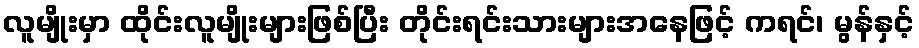
လူမျိုးမှာ ထိုင်းလူမျိုးများဖြစ်ပြီး တိုင်းရင်းသားများအနေဖြင့် ကရင်၊ မွန်နှင့်